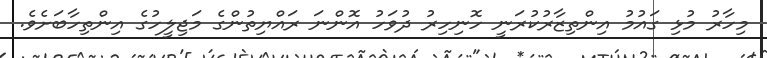
މިހާރު މުޅި ގައުމު އިންތިޒާރުކުރަނީ ހޮނިހިރު ދުވަހު އޮންނަ ރައްޔިތުންގެ މަޖިލީހުގެ އިންތިހާބަށެވެ.